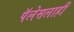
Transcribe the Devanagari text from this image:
पॅलेसलाही